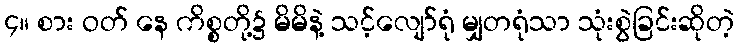
၄။ စား ဝတ် နေ ကိစ္စတို့၌ မိမိနဲ့ သင့်လျော်ရုံ မျှတရုံသာ သုံးစွဲခြင်းဆိုတဲ့